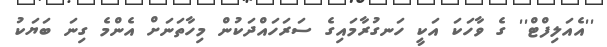
''އެއަލިފްޓް'' ގެ ވާހަކަ އަކީ ހަނގުރާމައިގެ ސަރަހައްދަކުން މިހާތަނަށް އެންމެ ގިނަ ބަޔަކު